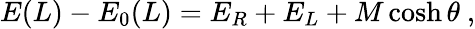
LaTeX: E(L)-E_{0}(L)=E_{R}+E_{L}+M\cosh\theta\ ,